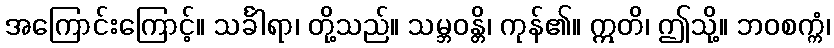
အကြောင်းကြောင့်။ သင်္ခါရာ၊ တို့သည်။ သမ္ဘဝန္တိ၊ ကုန်၏။ ဣတိ၊ ဤသို့။ ဘဝစက္ကံ၊